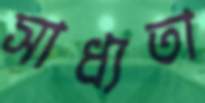
সাধ্যতা